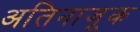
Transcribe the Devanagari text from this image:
अतिनाजूक